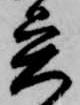
異